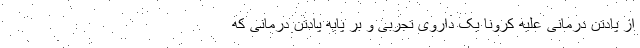
از پادتن درمانی علیه کرونا یک داروی تجربی و بر پایه پادتن درمانی که